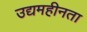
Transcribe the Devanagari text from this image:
उद्यमहीनता